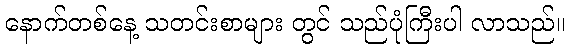
နောက်တစ်နေ့ သတင်းစာများ တွင် သည်ပုံကြီးပါ လာသည်။